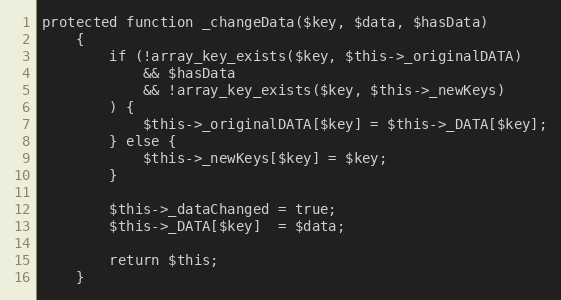
Language: PHP
protected function _changeData($key, $data, $hasData)
    {
        if (!array_key_exists($key, $this->_originalDATA)
            && $hasData
            && !array_key_exists($key, $this->_newKeys)
        ) {
            $this->_originalDATA[$key] = $this->_DATA[$key];
        } else {
            $this->_newKeys[$key] = $key;
        }

        $this->_dataChanged = true;
        $this->_DATA[$key]  = $data;

        return $this;
    }